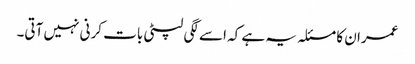
عمران کا مسئلہ یہ ہے کہ اسے لگی لپٹی بات کرنی نہیں آتی۔